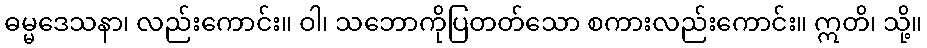
ဓမ္မဒေသနာ၊ လည်းကောင်း။ ဝါ၊ သဘောကိုပြတတ်သော စကားလည်းကောင်း။ ဣတိ၊ သို့။